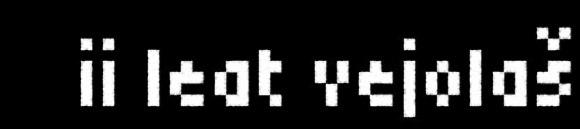
ii leat vejolaš